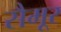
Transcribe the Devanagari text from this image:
सैमूर